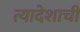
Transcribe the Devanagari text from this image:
त्यादेशाची